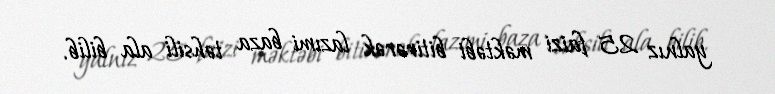
yalnız 25 faizi məktəbi bitirərək lazımi baza təhsili ala bilib.